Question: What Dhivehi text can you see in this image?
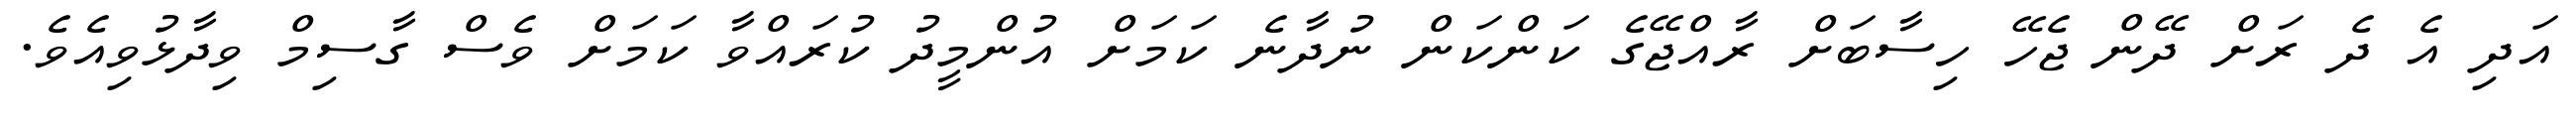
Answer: އަދި އެ ދެ ރަށް ދޭން ޖެހޭ ހިސާބަށް ރާއްޖޭގެ ކަންކަން ނުދާނެ ކަމަށް އުންމީދު ކުރައްވާ ކަމަށް ވެސް ގާސިމް ވިދާޅުވިއެވެ.